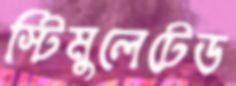
স্টিমুলেটেড